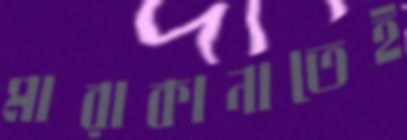
মারাকানাতেই